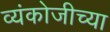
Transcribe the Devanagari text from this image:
व्यंकोजीच्या